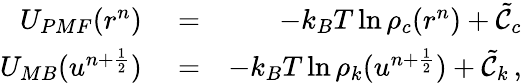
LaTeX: \begin{array}{rlr}{U_{PMF}(r^{n})}&{{}=}&{-k_{B}T\ln\rho_{c}(r^{n})+\tilde{{\cal C}}_{c}}\\ {U_{MB}(u^{n+\frac{1}{2}})}&{{}=}&{-k_{B}T\ln\rho_{k}(u^{n+\frac{1}{2}})+\tilde{{\cal C}}_{k}\, ,}\end{array}